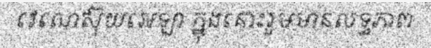
វេណេស៊ុយអេឡា ក្នុងនោះរួមមានលទ្ធភាព